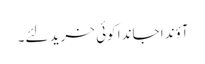
آؤندا جاندا کوئی خرید لئے۔